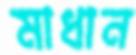
মাধান